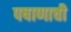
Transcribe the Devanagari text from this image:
पषाणाची